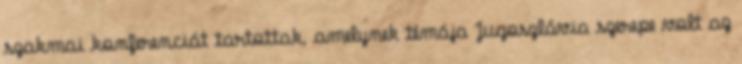
szakmai konferenciát tartottak, amelynek témája Jugoszlávia szerepe volt az